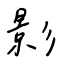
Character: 影